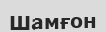
Шамғон